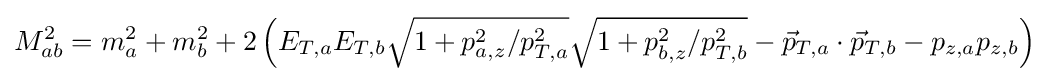
M_{ab}^{2}=m_{a}^{2}+m_{b}^{2}+2\left(E_{T,a}E_{T,b}{\sqrt {1+p_{a,z}^{2}/p_{T,a}^{2}}}{\sqrt {1+p_{b,z}^{2}/p_{T,b}^{2}}}-{\vec {p}}_{T,a}\cdot {\vec {p}}_{T,b}-p_{z,a}p_{z,b}\right)